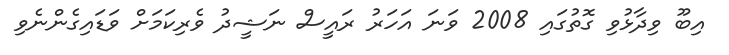
އިބޫ ވިދާޅުވި ގޮތުގައި 2008 ވަނަ އަހަރު ރައީސް ނަޝީދު ވެރިކަމަށް ވަޑައިގެންނެވި